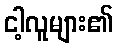
ငါ့လူများ၏